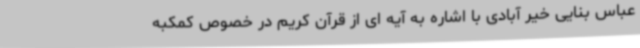
عباس بنایی خیر آبادی با اشاره به آیه ای از قرآن کریم در خصوص کمکبه